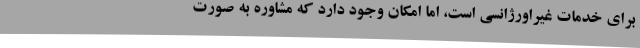
برای خدمات غیراورژانسی است، اما امکان وجود دارد که مشاوره به صورت